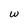
Character: w